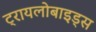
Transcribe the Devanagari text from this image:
ट्रायलोबाइड्स